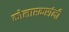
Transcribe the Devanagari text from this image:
कोलारकरांनी